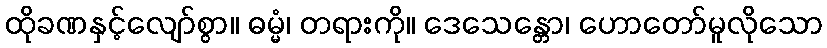
ထိုခဏနှင့်လျော်စွာ။ ဓမ္မံ၊ တရားကို။ ဒေသေန္တော၊ ဟောတော်မူလိုသော